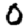
Digit: 0